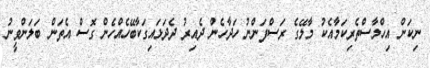
ނިކަން އިހްލާސްތެރިކަމާއެކު މާލޭގެ ރަސްފަންނު ހަދާހެން ދެއިރު ދެދަޅައިގަކާބޭހެއްހެން ގޮސް އެތަން ބަލަންވީނު